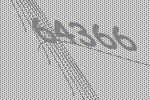
64366